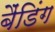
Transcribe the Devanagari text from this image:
बैंडिंग